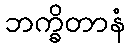
ဘက္ခိတာနံ